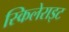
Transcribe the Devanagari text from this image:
स्किलेराइट